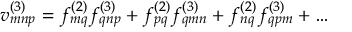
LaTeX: v _ { m n p } ^ { ( 3 ) } = f _ { m q } ^ { ( 2 ) } f _ { q n p } ^ { ( 3 ) } + f _ { p q } ^ { ( 2 ) } f _ { q m n } ^ { ( 3 ) } + f _ { n q } ^ { ( 2 ) } f _ { q p m } ^ { ( 3 ) } + \ldots